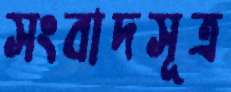
সংবাদসূত্র